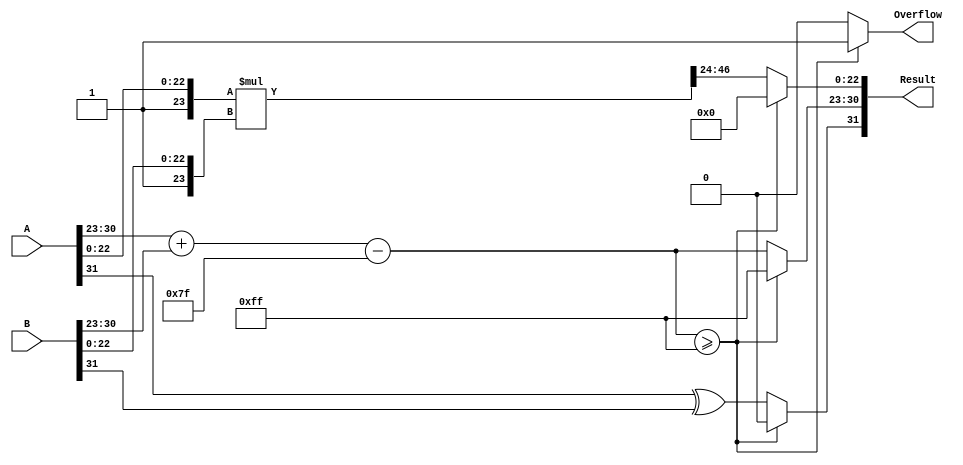
module floating_point_multiplier (
    input  wire [31:0] A,          // First floating-point number
    input  wire [31:0] B,          // Second floating-point number
    output reg  [31:0] Result,      // Result of multiplication
    output reg         Overflow      // Overflow flag
);

    // IEEE 754 constants
    localparam BIAS = 127;
    localparam EXP_BITS = 8;
    localparam MANT_BITS = 23;
    
    // Extracting the sign, exponent, and mantissa
    wire signA = A[31];
    wire signB = B[31];
    wire [EXP_BITS-1:0] expA = A[30:23];
    wire [EXP_BITS-1:0] expB = B[30:23];
    wire [MANT_BITS-1:0] mantA = A[22:0];
    wire [MANT_BITS-1:0] mantB = B[22:0];

    // Preparing mantissas with implicit leading 1
    wire [24:0] mantA_ext = {1'b1, mantA}; // 24-bit mantissa for A
    wire [24:0] mantB_ext = {1'b1, mantB}; // 24-bit mantissa for B

    // Multiplying the mantissas
    wire [49:0] mant_product = mantA_ext * mantB_ext; // 24 + 24 = 48 bits (plus 1 for carry)

    // Exponent calculation
    wire [EXP_BITS-1:0] exp_sum = expA + expB - BIAS;
    wire [EXP_BITS+1:0] adjusted_exp; // 9 bits to accommodate overflow
    reg [EXP_BITS-1:0] final_exp;

    always @* begin
        // Default values
        Overflow = 1'b0;
        Result = 32'b0;

        // Normalize mantissa and exponent
        if (mant_product[49]) begin
            // Normalization required (leading 1 in the 25th position)
            adjusted_exp = exp_sum + 1;
            final_exp = adjusted_exp[EXP_BITS-1:1]; // Shift right and take 8 bits
            Result[22:0] = mant_product[48:25]; // Take 23 bits
        end else begin
            // No normalization required (leading 1 in 24th position)
            adjusted_exp = exp_sum;
            final_exp = adjusted_exp[EXP_BITS-1:0]; // Take 8 bits
            Result[22:0] = mant_product[47:24]; // Take 23 bits
        end

        // Check for overflow
        if (final_exp >= 255) begin
            Overflow = 1'b1;
            Result[30:23] = 8'b11111111; // Set to infinity
            Result[22:0] = 23'b0; // Mantissa is 0
        end else begin
            // Assemble the result
            Result[31] = signA ^ signB; // Result sign
            Result[30:23] = final_exp; // Exponent
            Result[22:0] = Result[22:0]; // Mantissa
        end
    end
endmodule